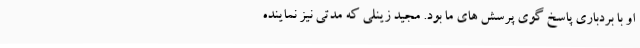
او با بردباری پاسخ گوی پرسش های ما بود. مجید زینلی که مدتی نیز نماینده